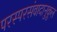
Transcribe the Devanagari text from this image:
परस्परसंवादानुकूल